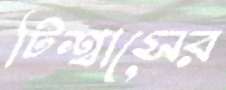
টিশ্বাসের